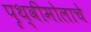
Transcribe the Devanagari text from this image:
पृथ्वीमोलाचे